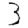
Digit: 3